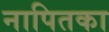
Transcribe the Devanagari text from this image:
नापितका